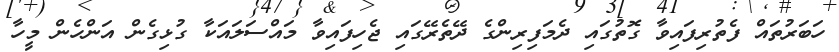
ހަބަރުތައް ފެތުރިފައިވާ ގޮތުގައި ދެމަފިރިންގެ ދޭތެރޭގައި ޖެހިފައިވާ މައްސަލައަކާ ގުޅިގެން އަންހެން މީހާ